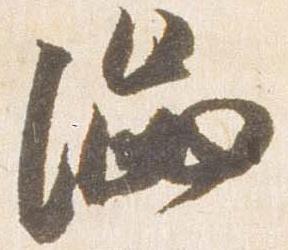
渋